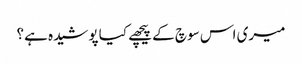
میری اس سوچ کے پیچھے کیا پوشیدہ ہے؟